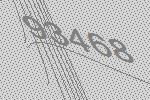
93468